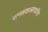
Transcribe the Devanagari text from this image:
मानसशास्त्राधारित